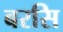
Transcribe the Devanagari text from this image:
बरसि